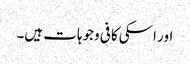
اور اسکی کافی وجوہات ہیں۔